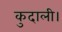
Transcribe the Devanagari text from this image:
कुदाली।